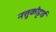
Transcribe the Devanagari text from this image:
नत्तुकोट्टाई